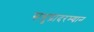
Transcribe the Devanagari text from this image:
समुद्रादरम्यान